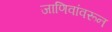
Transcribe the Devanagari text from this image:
जाणिवांवरून